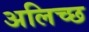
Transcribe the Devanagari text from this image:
अलिच्छ